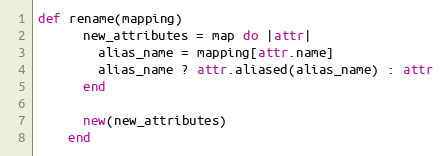
Language: Ruby
def rename(mapping)
      new_attributes = map do |attr|
        alias_name = mapping[attr.name]
        alias_name ? attr.aliased(alias_name) : attr
      end

      new(new_attributes)
    end